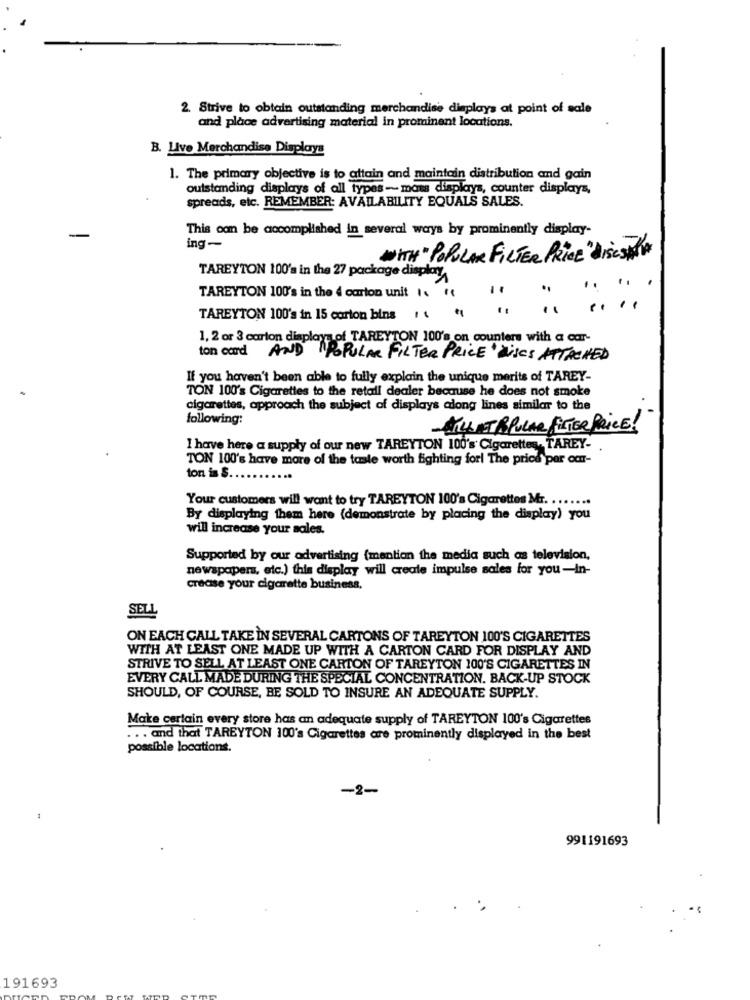
2. Strive to obtain outstanding merchandise displays at point of sale
and place advertising material in prominent locations.
B. Live Merchandise Displays
1. The primary objective is to attain and maintain distribution and gain
outstanding displays of all types - mass displays, counter displays,
spreads, etc. REMEMBER: AVAILABILITY EQUALS SALES.
This can be accomplished in several ways by prominently display-
ing-
WITH" POPULAR FILTER PRICE"DISCSMAN
TAREYTON 100's in the 27 package display
TAREYTON 100's in the 4 carton unit I. "
..
....
TAREYTON 100's in 15 corton bins ! \
1, 2 or 3 carton displays of TAREYTON 100's on counters with a car-
ton card AND POPULAR FILTER PRICE Discs ATTACHED
If you haven't been able to fully explain the unique merits of TAREY-
TON 100's Cigarettes to the retail dealer because he does not smoke
cigarettes, approach the subject of displays along lines similar to the
following:
14 ET POPULAR FILTER PRICE!
I have here a supply of our new TAREYTON 100's Cigarettes, TAREY-
TON 100's have more of the taste worth fighting for! The price per car-
ton is S.
Your customers will want to try TAREYTON 100's Cigarettes Mr. .
....
By displaying them here (demonstrate by placing the display) you
will increase your sales.
Supported by our advertising (mention the media such as television,
newspapers, etc.) this display will create impulse sales for you-In-
crease your cigarette business.
SELL
ON EACH CALL TAKE IN SEVERAL CARTONS OF TAREYTON 100'S CIGARETTES
WITH AT LEAST ONE MADE UP WITH A CARTON CARD FOR DISPLAY AND
STRIVE TO SELL AT LEAST ONE CARTON OF TAREYTON 100'S CIGARETTES IN
EVERY CALL MADE DURING THE SPECIAL CONCENTRATION. BACK-UP STOCK
SHOULD, OF COURSE, BE SOLD TO INSURE AN ADEQUATE SUPPLY.
Make certain every store has an adequate supply of TAREYTON 100's Cigarettes
... and that TAREYTON 100's Cigarettes are prominently displayed in the best
possible locations.
-2-
-
991191693
191693